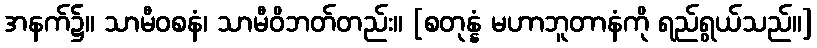
အနက်၌။ သာမီဝစနံ၊ သာမီဝိဘတ်တည်း။ [စတုန္နံ မဟာဘူတာနံကို ရည်ရွယ်သည်။]